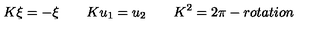
K \xi = - \xi \qquad K u _ { 1 } = u _ { 2 } \qquad K ^ { 2 } = 2 \pi - r o t a t i o n